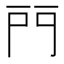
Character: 𨳇